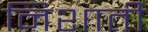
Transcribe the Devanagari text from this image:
निशाती